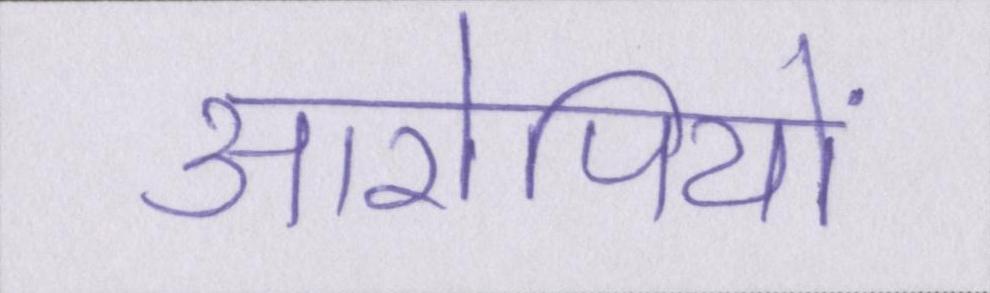
आरोपियों